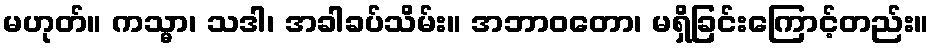
မဟုတ်။ ကသ္မာ၊ သဒါ၊ အခါခပ်သိမ်း။ အဘာဝတော၊ မရှိခြင်းကြောင့်တည်း။